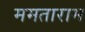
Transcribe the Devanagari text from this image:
ममताराम